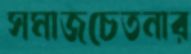
সমাজচেতনার